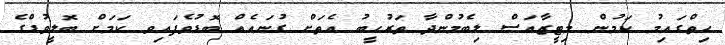
ހިތްގައިމު ކަމުން މިޓީޒާއަސް ލިބެމުންދާ ތަރުހީބު އެތަށް ގުނައެއް ބޮޑުވެފައިވ ކަމަށް ބޮލީވުޑްގެ